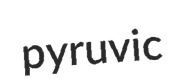
pyruvic